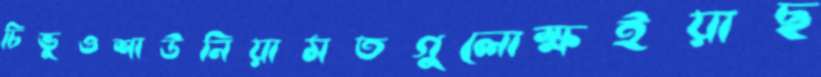
চিভুওশাউনিয়ামতগুলোক্ষইয়াছ